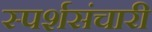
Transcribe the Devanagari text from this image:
स्पर्शसंचारी